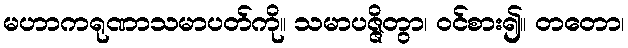
မဟာကရုဏာသမာပတ်ကို။ သမာပဇ္ဇိတွာ၊ ဝင်စား၍။ တတော၊